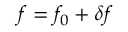
f = f _ { 0 } + \delta f